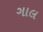
ગાલ